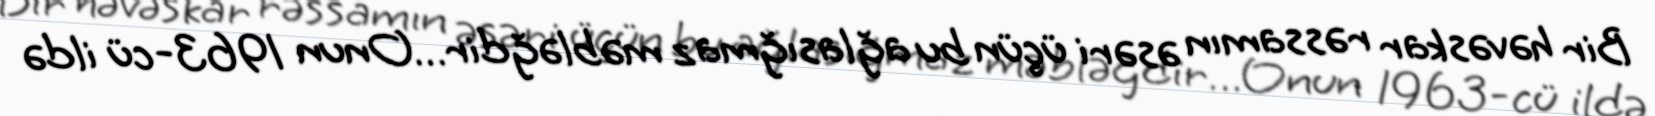
Bir həvəskar rəssamın əsəri üçün bu ağlasığmaz məbləğdir…Onun 1963-cü ildə